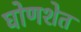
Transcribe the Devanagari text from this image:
घोणशेत